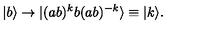
| b \rangle \to | ( a b ) ^ { k } b ( a b ) ^ { - k } \rangle \equiv | k \rangle .